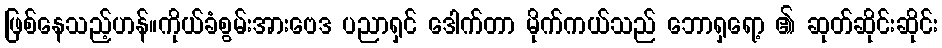
ဖြစ်နေသည့်ဟန်။ကိုယ်ခံစွမ်းအားဗေဒ ပညာရှင် ဒေါက်တာ မိုက်ကယ်သည် ဘောရှရော့ ၏ ဆုတ်ဆိုင်းဆိုင်း